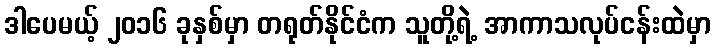
ဒါပေမယ့် ၂၀၁၆ ခုနှစ်မှာ တရုတ်နိုင်ငံက သူတို့ရဲ့ အာကာသလုပ်ငန်းထဲမှာ